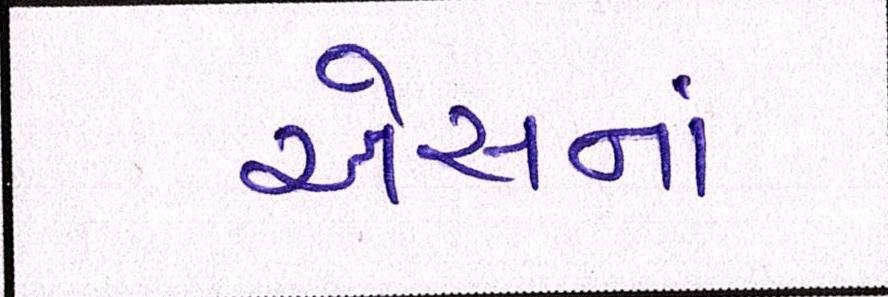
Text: એસનાં